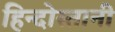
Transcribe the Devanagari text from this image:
हिन्दोस्तानी